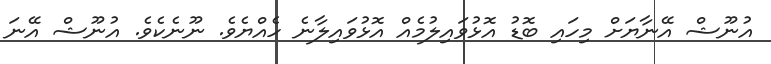
އުނޫޝް އޭނާޔަށް މިހައި ބޮޑު އޮޅުވައިލުމެއް އޮޅުވައިލާނެ ހެއްޔެވެ. ނޫނެކެވެ. އުނޫޝް އޭނަ